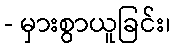
- မှားစွာယူခြင်း၊